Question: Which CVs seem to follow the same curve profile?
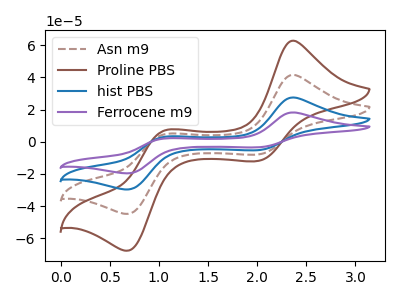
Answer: <think>The brown dashed curve "Asn m9" has anodic peaks at (2.35V, 41.55uA) (1.05V, 4.70uA) and cathodic peaks at (2.00V, -7.90uA) (0.70V, -44.80uA). The brown curve "Proline PBS" has anodic peaks at (2.35V, 62.75uA) (1.05V, 7.15uA) and cathodic peaks at (2.00V, -11.90uA) (0.70V, -67.70uA). The blue curve "hist PBS" has anodic peaks at (2.35V, 83.05uA) (1.05V, 9.45uA) and cathodic peaks at (2.00V, -15.75uA) (0.70V, -89.60uA). The purple curve "Ferrocene m9" has anodic peaks at (2.35V, 124.60uA) (1.05V, 14.15uA) and cathodic peaks at (2.00V, -23.65uA) (0.70V, -134.35uA).
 All the peaks in "Asn m9" have a peak in "Proline PBS" at the same potential. Every peak in "Asn m9" is lower than every peak in "Proline PBS". All the peaks in "Asn m9" have a peak in "hist PBS" at the same potential. Every peak in "Asn m9" is lower than every peak in "hist PBS". All the peaks in "Asn m9" have a peak in "Ferrocene m9" at the same potential. Every peak in "Asn m9" is lower than every peak in "Ferrocene m9". All the peaks in "Proline PBS" have a peak in "hist PBS" at the same potential. Every peak in "Proline PBS" is lower than every peak in "hist PBS". All the peaks in "Proline PBS" have a peak in "Ferrocene m9" at the same potential. Every peak in "Proline PBS" is lower than every peak in "Ferrocene m9". All the peaks in "hist PBS" have a peak in "Ferrocene m9" at the same potential. Every peak in "hist PBS" is lower than every peak in "Ferrocene m9".</think>
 <answer>"Proline PBS", "Asn m9", "hist PBS" and "Ferrocene m9" have the same shape and are likely CV's of the same chemical.</answer>
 <eval>"Proline PBS" "Asn m9" "hist PBS" "Ferrocene m9"</eval>